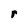
Character: r